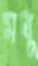
মধু